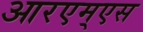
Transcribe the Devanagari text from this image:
आरएम्एस